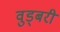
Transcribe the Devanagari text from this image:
वुड्बरी